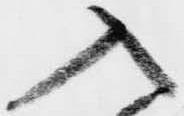
入